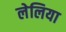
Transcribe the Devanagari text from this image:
लेलिया